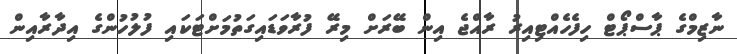
ނާޒިމްގެ ޕާސްްޕޯޓް ހިފެހެއްޓިއިރު ރާއްޖެ އިން ބޭރަށް މިރޭ ފުރާވަޑައިގަތުމަށްޓަކައި ފުލުހުންގެ އިދާރާއިން